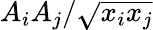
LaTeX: A_{i}A_{j}/\sqrt{x_{i}x_{j}}